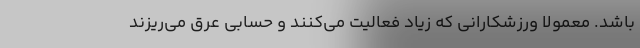
باشد. معمولا ورزشکارانی که زیاد فعالیت می‌کنند و حسابی عرق می‌ریزند